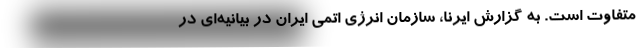
متفاوت است. به گزارش ایرنا، سازمان انرژی اتمی ایران در بیانیه‌ای در